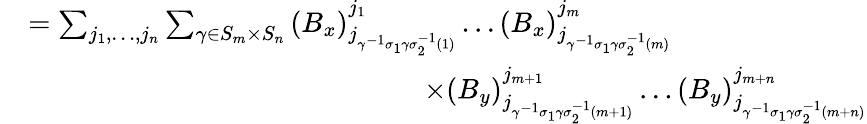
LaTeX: \begin{array}{rl}{}&{=\sum_{j_{1},\dots,j_{n}}\sum_{\gamma\in S_{m}\times S_{n}}\left(B_{x}\right)_{j_{\gamma^{-1}\sigma_{1}\gamma\sigma_{2}^{-1}(1)}}^{j_{1}}\dots\left(B_{x}\right)_{j_{\gamma^{-1}\sigma_{1}\gamma\sigma_{2}^{-1}(m)}}^{j_{m}}}\\ {}&{\qquad\qquad\qquad\qquad\qquad\qquad\qquad\times\left(B_{y}\right)_{j_{\gamma^{-1}\sigma_{1}\gamma\sigma_{2}^{-1}(m+1)}}^{j_{m+1}}\dots\left(B_{y}\right)_{j_{\gamma^{-1}\sigma_{1}\gamma\sigma_{2}^{-1}(m+n)}}^{j_{m+n}}}\end{array}